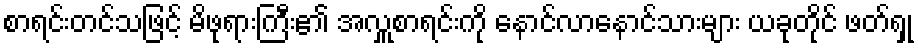
စာရင်းတင်သဖြင့် မိဖုရားကြီး၏ အလှူစာရင်းကို နောင်လာနောင်သားများ ယခုတိုင် ဖတ်ရှု